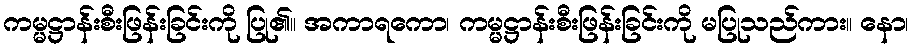
ကမ္မဋ္ဌာန်းစီးဖြန်းခြင်းကို ပြု၏။ အကာရကော၊ ကမ္မဋ္ဌာန်းစီးဖြန်းခြင်းကို မပြုသည်ကား။ နော၊